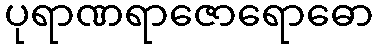
ပုရာဏရာဇောရောဓော